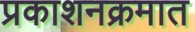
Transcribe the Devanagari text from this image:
प्रकाशनक्रमात